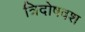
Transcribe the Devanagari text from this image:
त्रिदोषवश